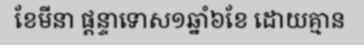
ខែមីនា ផ្តន្ទាទោស១ឆ្នាំ៦ខែ ដោយគ្មាន